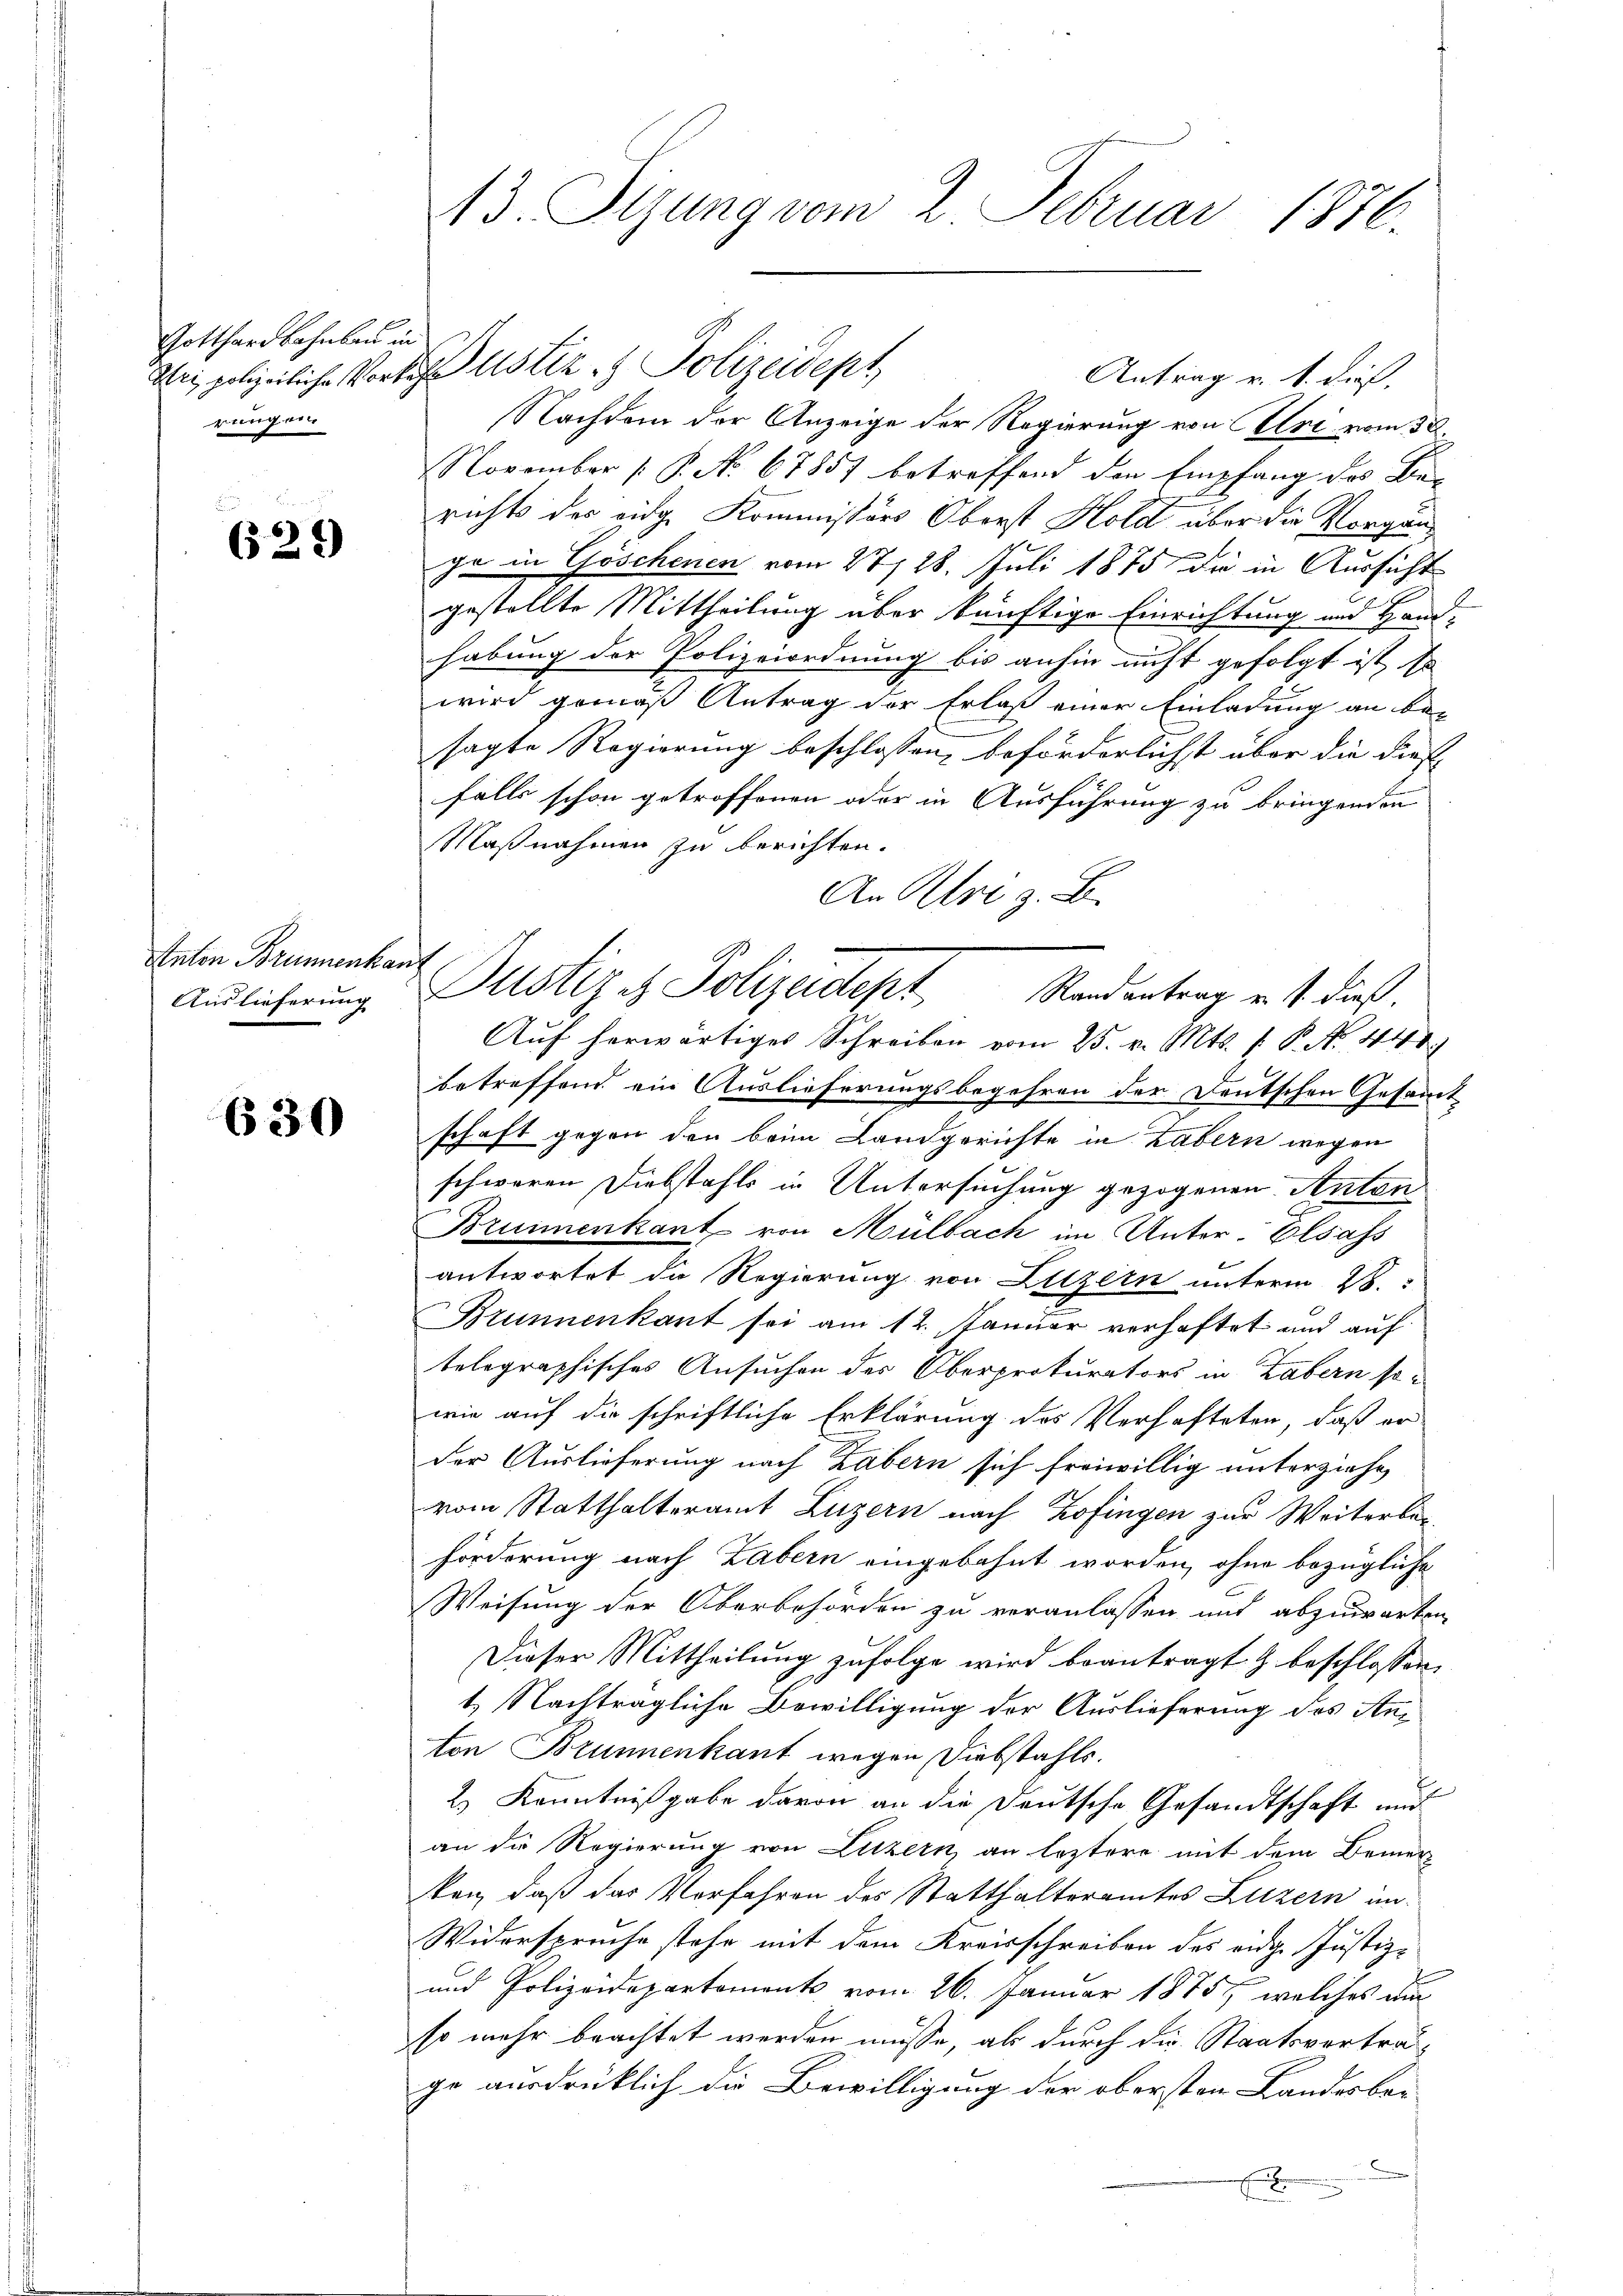
Gotthardbahnbar in
rung ein

629)

Anton Brunnenka
Auslieferung

630

13. Sizung vom 2. Februar 1876.

Antrag v. 1. dieß,
Nachdem der Anzeige der Regierung von Alri vom 30.
November P. No. 67857 betreffend den Empfang des Berichts des eidge Kommissärs Oberst Hold über die Vorgange in Göschenen vom 27. 28. Juli 1875 die in Aussicht
gestellte Mittheilung aber künftige Einrichtung und Hand-
habung der Polizeiordnung bis anhin nicht gefolgt ist, so
wird gemäß Antrag der Erlaß einer Einladung an bei
sagte Regierung beschlossen, beförderlichst aber die diese
falls schon getroffenen oder in Ausführung zu bringenden
Maßnahmen zu berichten.
An Uri z. B.
Auf herwärtiges Schreiben vom 25. v. Mts. 1. P. N. 448
betreffend ein Auslieferungsbegehren der Deutschen Gesammt
schaft gegen den beim Landgerichte in Zabern wegen
schweren Diebstahls in Untersuchung gezogenen Anten
Brunnenkant von Mülbach im Unter-Elsass
antwortet da Regierung von Luzern unterm 28.
Brunnenkant sei am 12. Januar verhaftet und auf
telegraphisches Ansuchen des Oberprokurators in Labern so-
wie auf die schriftliche Erklärung des Verhafteten, daß er
der Auslieferung nach Zabern sich freiwillig unterziehe
vom Statthalteramt Luzern nach Zofingen zur Weiterberförderung nach Zabern eingebahnt worden, ohne bezügliche
Weisung der Oberbehörden zu veranlassen und abzuwarten,
Dieser Mittheilung zufolge wird beantragt & beschlossen,
1.) Nachträgliche Bewilligung der Auslieferung des Anton Brunnenkant wegen Diebstahls.
2.) Kenntnißgabe davon an die Deutsche Gesandtschaft und
an die Regierung von Luzern an leztere mit dem Bemer-
ken, daß das Vorfahren des Statthalteramtes Luzern im
Widerspreche stehe mit dem Kreisschreiben des eidg. Justiz-
und Polizeidepartements vom 26. Januar 1875, welches um
so mehr beachtet werden müsse, als durch die Staatsvertragge ausdrüklich die Bewilligung der obersten Landesbei
e
E

ve polizeiliche Vorkehr ustiz & Polizeidept

ich
Justiz & Polizeidept. Mordentrag ist dieß